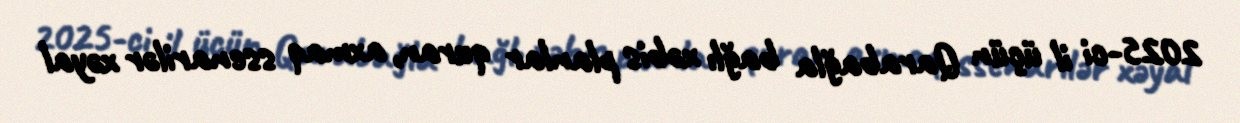
2025-ci il üçün Qarabağla bağlı xəbis planlar quran, axmaq ssenarilər xəyal